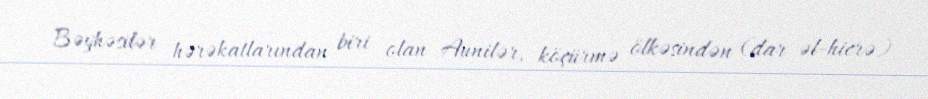
Bəyhəsilər hərəkatlarından biri olan Aunilər, köçürmə ölkəsindən (dar əl-hicrə)